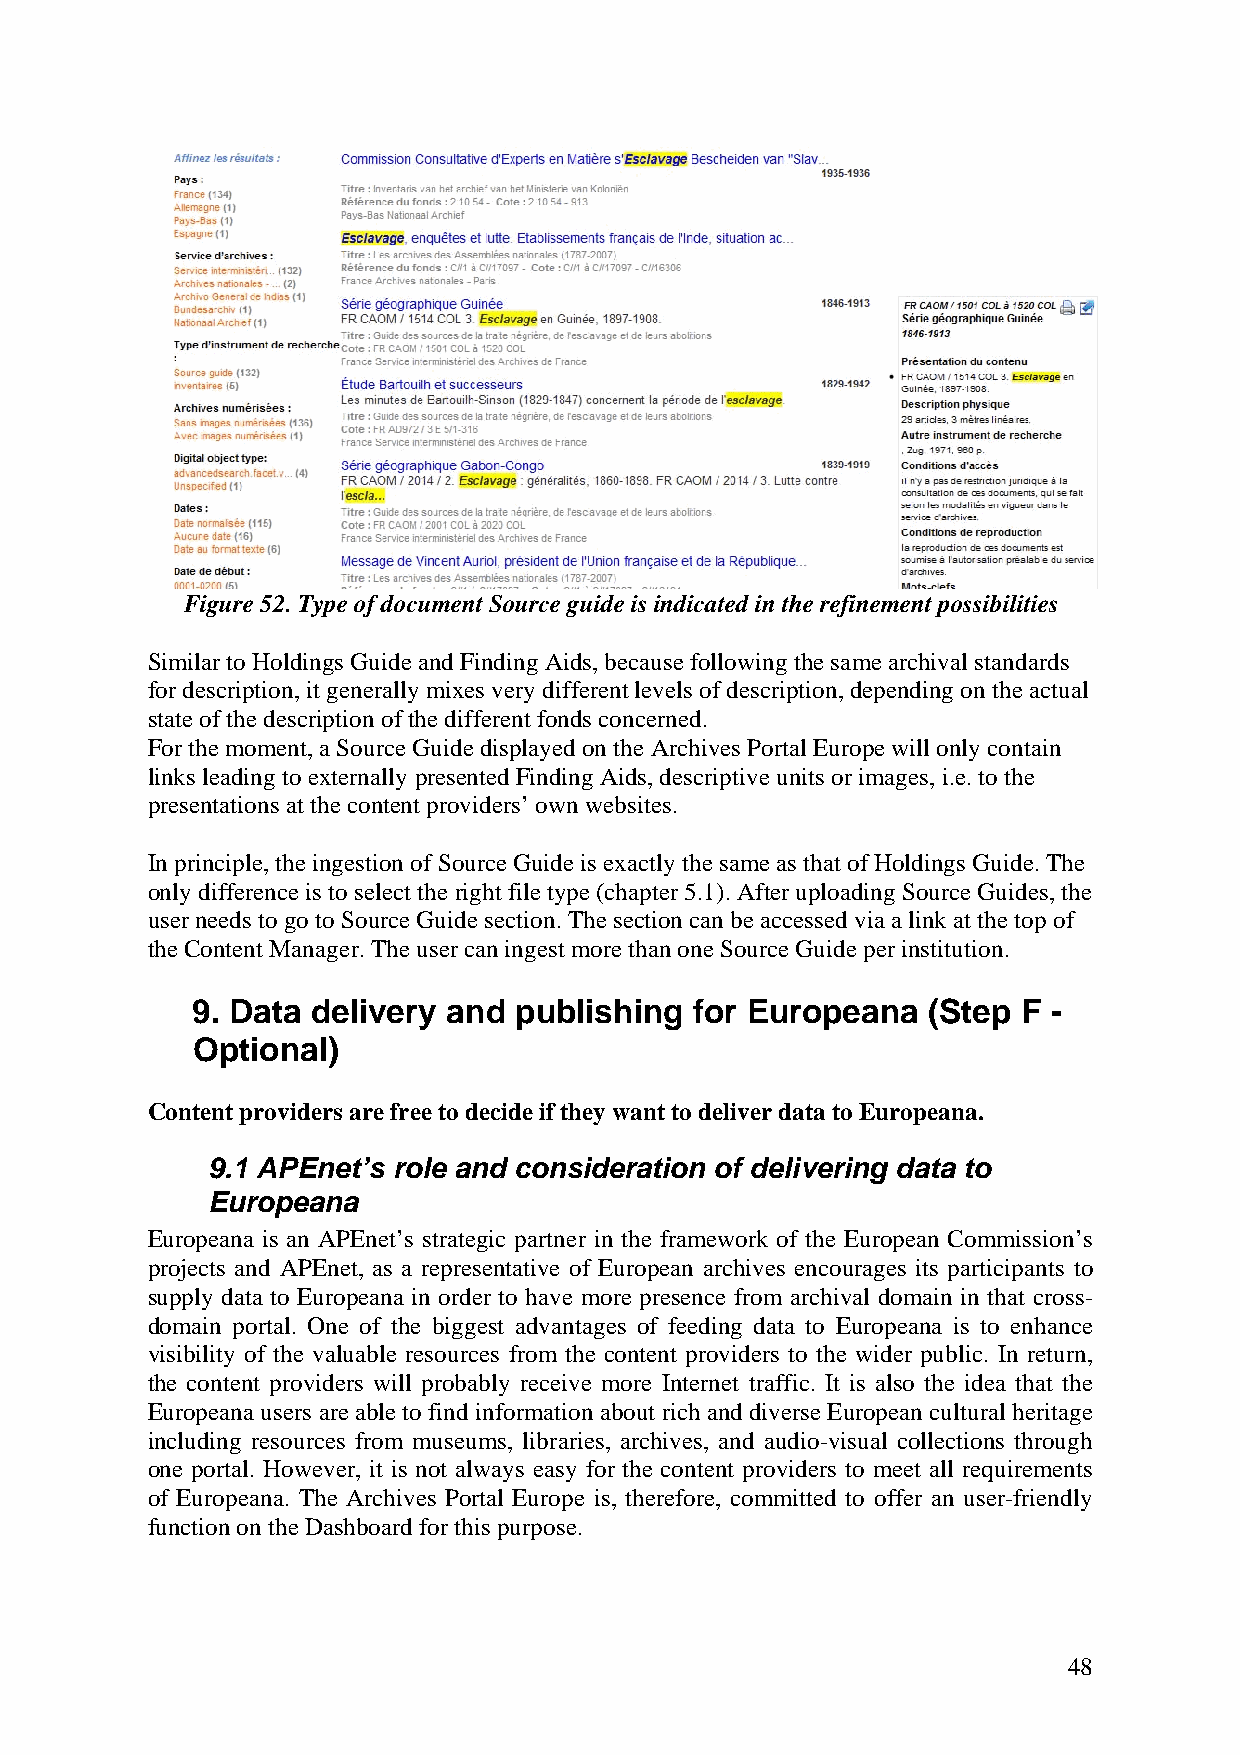
Figure 52. Type of document Source guide is indicated in the refinement possibilities
 Similar to Holdings Guide and Finding Aids, because following the same archival standards
 for description, it generally mixes very different levels of description, depending on the actual
 state of the description of the different fonds concerned.
 For the moment, a Source Guide displayed on the Archives Portal Europe will only contain
 links leading to externally presented Finding Aids, descriptive units or images, i.e. to the
 presentations at the content providers’ own websites.
 In principle, the ingestion of Source Guide is exactly the same as that of Holdings Guide. The
 only difference is to select the right file type (chapter 5.1). After uploading Source Guides, the
 user needs to go to Source Guide section. The section can be accessed via a link at the top of
 the Content Manager. The user can ingest more than one Source Guide per institution.
 9. Data delivery and publishing  for Europeana  (Step  F -
 Optional)
 Content providers are free to decide if they want to deliver data to Europeana.
 9.1 APEnet’s role and consideration of delivering data to
 Europeana
 Europeana is an APEnet’s strategic partner in the framework of the European Commission’s
 projects and APEnet, as a representative of European archives encourages its participants to
 supply data to Europeana in order to have more presence from archival domain in that cross-
 domain portal. One of the biggest advantages of feeding data to Europeana is to enhance
 visibility of the valuable resources from the content providers to the wider public. In return,
 the content providers will probably receive more Internet traffic. It is also the idea that the
 Europeana users are able to find information about rich and diverse European cultural heritage
 including resources from museums, libraries, archives, and audio-visual collections through
 one portal. However, it is not always easy for the content providers to meet all requirements
 of Europeana. The Archives Portal Europe is, therefore, committed to offer an user-friendly
 function on the Dashboard for this purpose.
 48